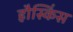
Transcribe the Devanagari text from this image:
हौस्किंस